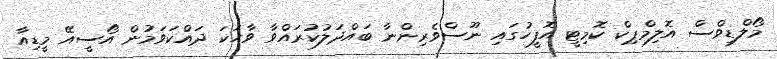
މޯލްޑިވްސް އޮލިމްޕިކް ކޮމިޓީ އޮފީހުގައި ނޫސްވެރިންނާ ބައްދަލުކުރައްވާ ވާހަކަ ދައްކަވަމުން އޯސީއޭ މީޑިއާ